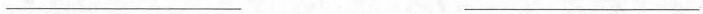
___ ___